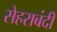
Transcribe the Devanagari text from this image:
सेहराबंदी